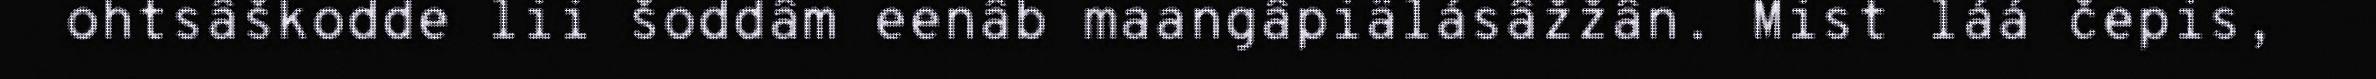
ohtsâškodde lii šoddâm eenâb maangâpiälásâžžân. Mist láá čepis,